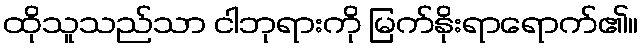
ထိုသူသည်သာ ငါဘုရားကို မြက်နိုးရာရောက်၏။